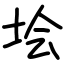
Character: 𡋗